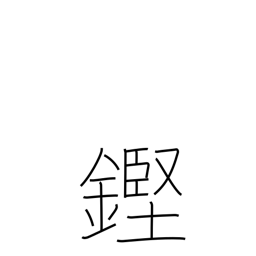
Meaning: clinking sound